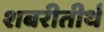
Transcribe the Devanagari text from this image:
शबरीतीर्थ